Annual report of the Imperial Bacteriological Laboratory, Muktesar
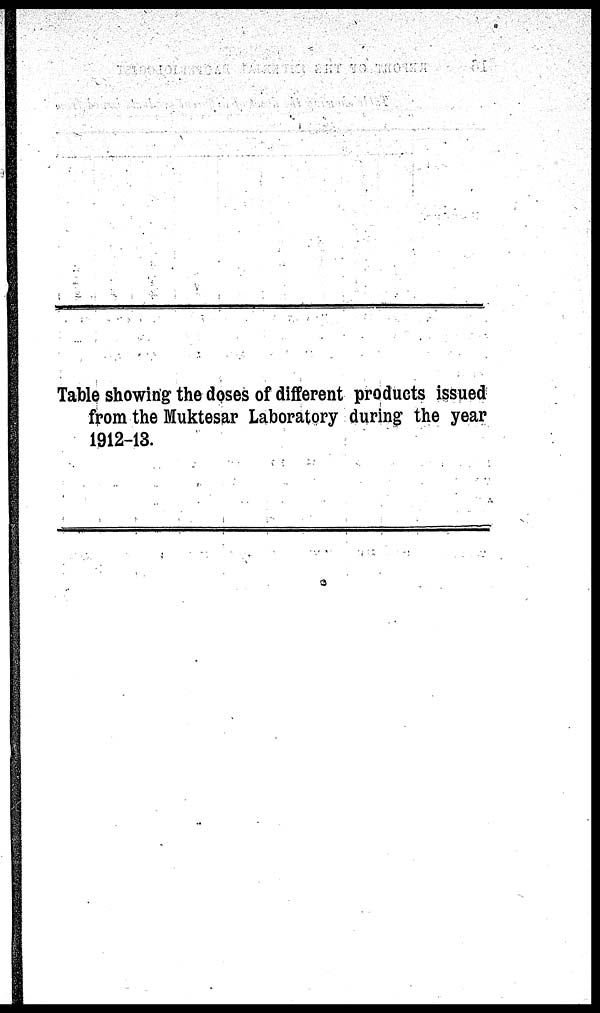
Table showing the doses of different products issued
from the Muktesar Laboratory during the year
1912-13.